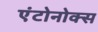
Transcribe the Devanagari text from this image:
एंटोनोक्स